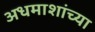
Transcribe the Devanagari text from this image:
अधमाशांच्या